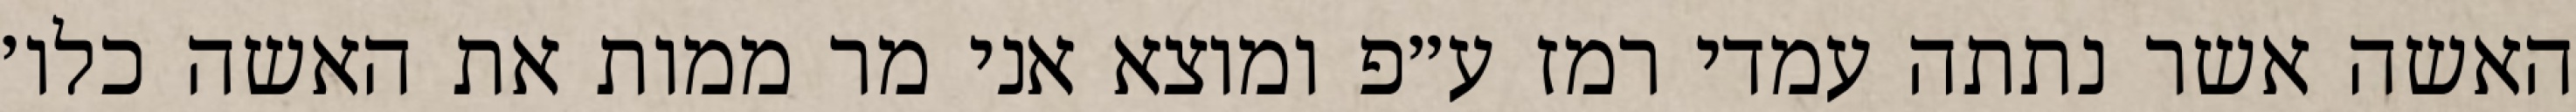
האשה אשר נתתה עמדי רמז ע״פ ומוצא אני מר ממות את האשה כלו׳